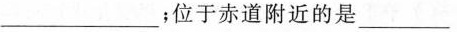
___；位于赤道附近的是___